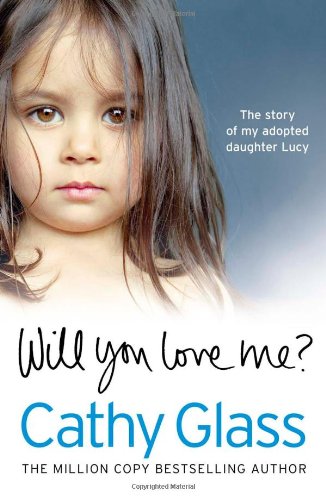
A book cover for Will You Love Me?: The story of my adopted daughter Lucy; Cathy Glass; Parenting & Relationships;